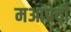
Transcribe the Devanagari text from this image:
मआप्रची